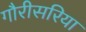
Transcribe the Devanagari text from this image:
गौरीसरिया